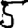
Digit: 5